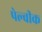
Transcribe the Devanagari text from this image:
पेल्वीक